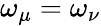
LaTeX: \omega_{\mu}=\omega_{\nu}